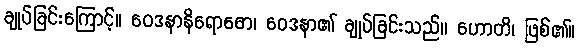
ချုပ်ခြင်းကြောင့်။ ဝေဒနာနိရောဓော၊ ဝေဒနာ၏ ချုပ်ခြင်းသည်။ ဟောတိ၊ ဖြစ်၏။